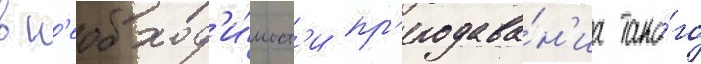
в н'еобход'и́мост'и пр'еподава́н'иа тако́го